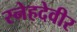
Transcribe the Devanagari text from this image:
स्नेहदेवीर